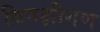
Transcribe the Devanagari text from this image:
विपक्षीगण